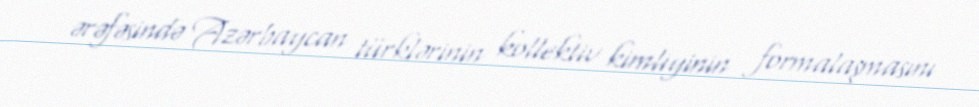
ərəfəsində Azərbaycan türklərinin kollektiv kimliyinin formalaşmasını